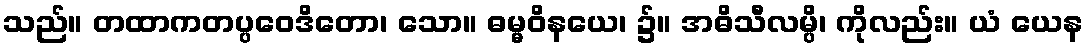
သည်။ တထာကတပ္ပဝေဒိတော၊ သော။ ဓမ္မဝိနယေ၊ ၌။ အဓိသီလမ္ပိ၊ ကိုလည်း။ ယံ ယေန